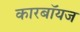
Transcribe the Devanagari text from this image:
कारबॉयज